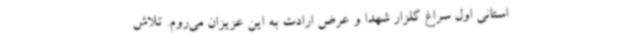
استانی اول سراغ گلزار شهدا و عرض ارادت به این عزیزان می‌روم. تلاش